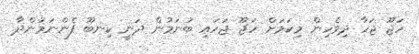
ހަޖޫ ޖަހާ ދިވެހިން މިކަމަށް ހަޖޫ ޖަހައި ބުނަމުން ދަނީ ކިނބޫ ފެންނަމުންދާ